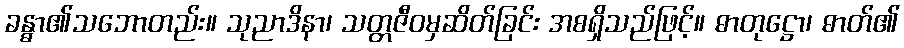
ခန္ဓာ၏သဘောတည်း။ သုညာဒိနာ၊ သတ္တဇီဝမှဆိတ်ခြင်း အစရှိသည်ဖြင့်။ ဓာတုဋ္ဌော၊ ဓာတ်၏